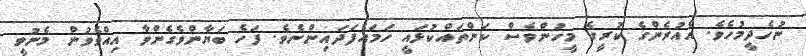
ނުހެދީމުހެވެ. އެއުރެންގެ ކުރީގެ މީހުންވެސް ކަންތައްކުޅައީ ހަމައެފަދައިންނެވެ. ފަހެ ބަޔާންވެގެންވާ އިއްވެވުން މެނުވީ